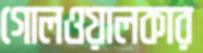
গোলওয়ালকার